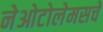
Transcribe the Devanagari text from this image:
नेओटोलेमसचे